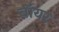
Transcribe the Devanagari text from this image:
बॉयर